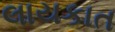
લાયકાત